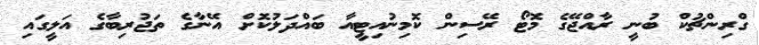
ގްރިންޗުކް ބުނީ ރާއްޖޭގެ މޮޓޯ ރޭސިން ކޮމިނުއިޓީއާ ބައްދަލުކޮށް އޭނާގެ ތަޖުރިބާގެ އަލީގައި